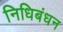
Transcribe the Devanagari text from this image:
निधिबंधन